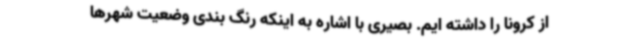
از کرونا را داشته ایم. بصیری با اشاره به اینکه رنگ بندی وضعیت شهرها